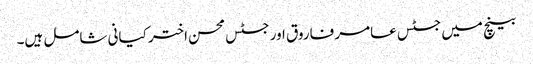
بینچ میں جسٹس عامر فاروق اور جسٹس محسن اختر کیانی شامل ہیں۔